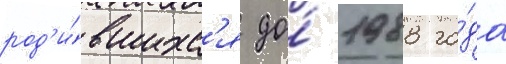
род'и́вшихс'я до́ 1988 го́да